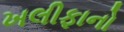
ખલીફાનો